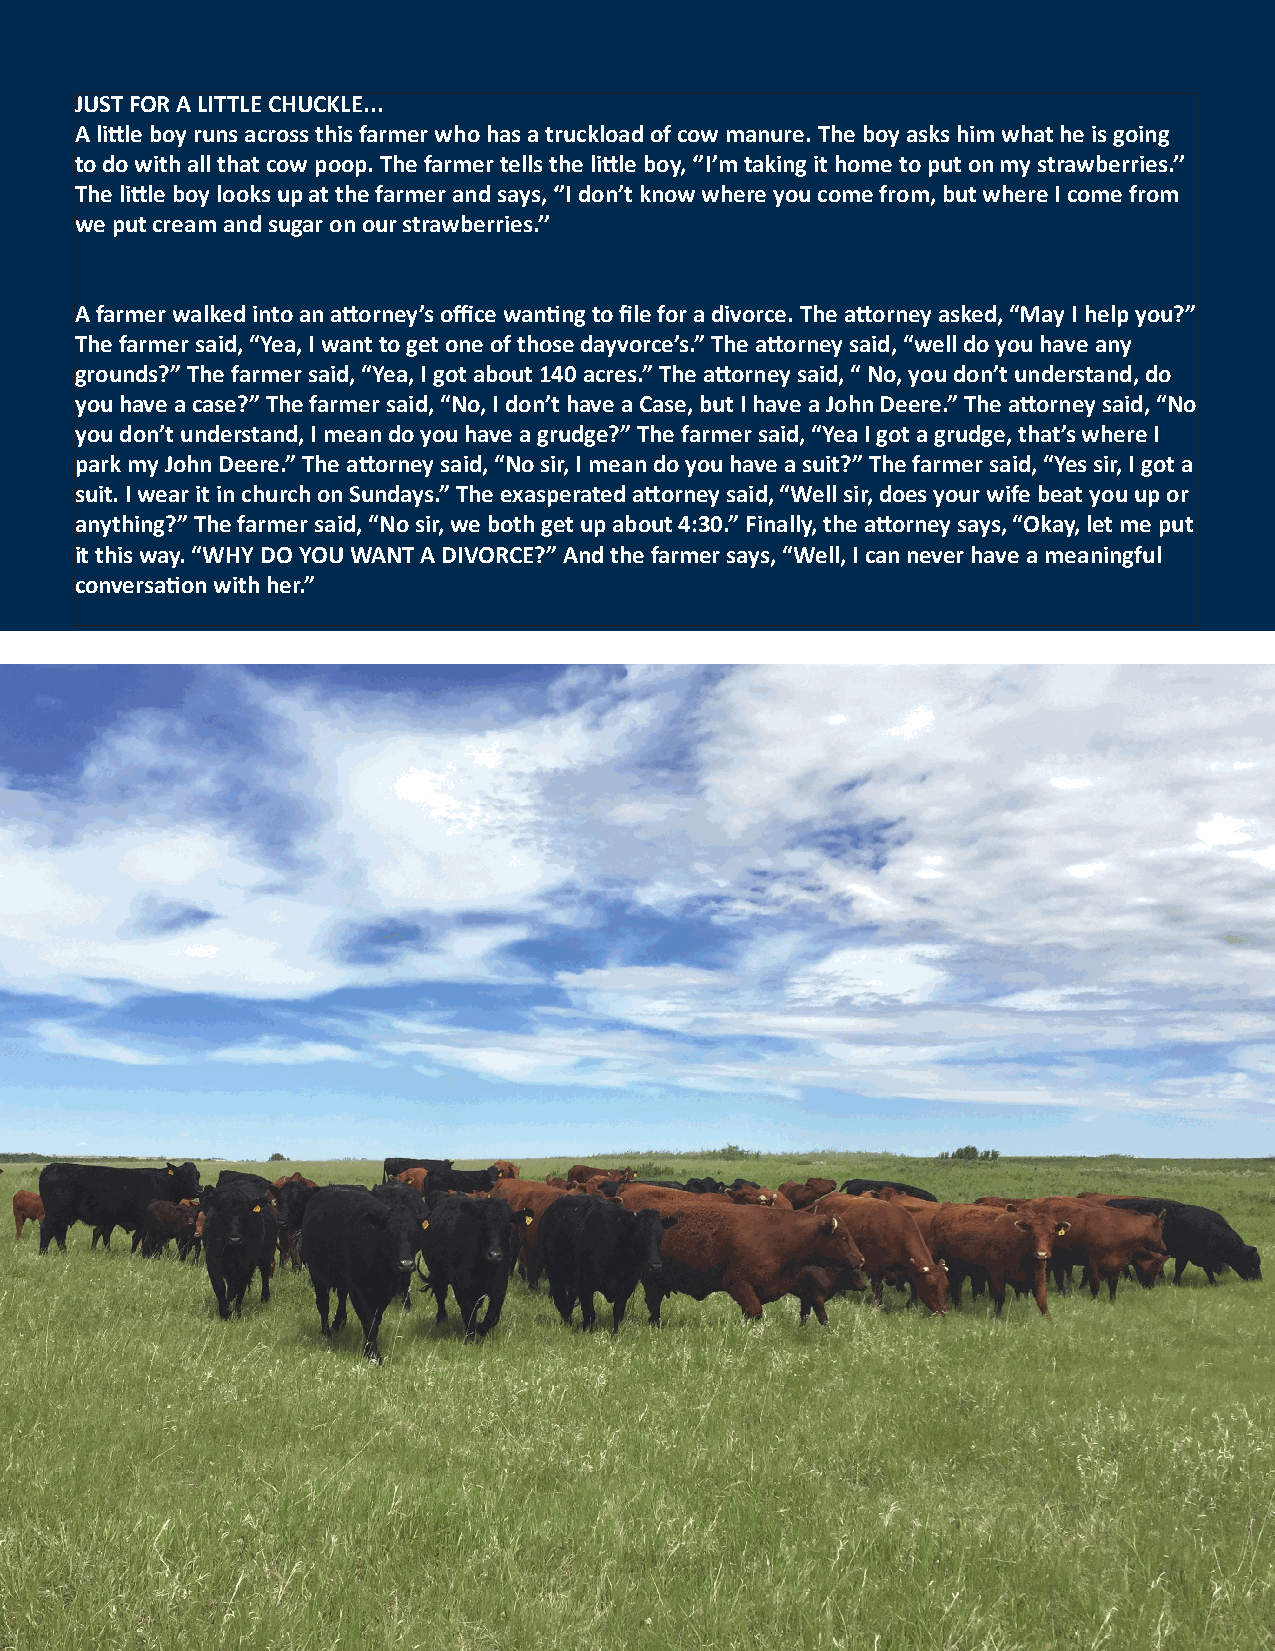
JUST FOR A LITTLE CHUCKLE...
 A little boy runs across this farmer who has a truckload of cow manure. The boy asks him what he is going
 to do with all that cow poop. The farmer tells the little boy, ‘’I’m taking it home to put on my strawberries.’’
 The little boy looks up at the farmer and says, ‘’I don’t know where you come from, but where I come from
 we put cream and sugar on our strawberries.’’
 A farmer walked into an attorney’s office wanting to file for a divorce. The attorney asked, “May I help you?”
 The farmer said, “Yea, I want to get one of those dayvorce’s.” The attorney said, “well do you have any
 grounds?” The farmer said, “Yea, I got about 140 acres.” The attorney said, “ No, you don’t understand, do
 you have a case?” The farmer said, “No, I don’t have a Case, but I have a John Deere.” The attorney said, “No
 you don’t understand, I mean do you have a grudge?” The farmer said, “Yea I got a grudge, that’s where I
 park my John Deere.” The attorney said, “No sir, I mean do you have a suit?” The farmer said, “Yes sir, I got a
 suit. I wear it in church on Sundays.” The exasperated attorney said, “Well sir, does your wife beat you up or
 anything?” The farmer said, “No sir, we both get up about 4:30.” Finally, the attorney says, “Okay, let me put
 it this way. “WHY DO YOU WANT A DIVORCE?” And the farmer says, “Well, I can never have a meaningful
 conversation with her.”